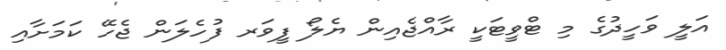
އަލީ ވަހީދުގެ މި ޓްވީޓަކީ ރާއްޖެއިން ޔެލޯ ފީވަރ ފުހެލަން ޖެހޭ ކަމަށާއި